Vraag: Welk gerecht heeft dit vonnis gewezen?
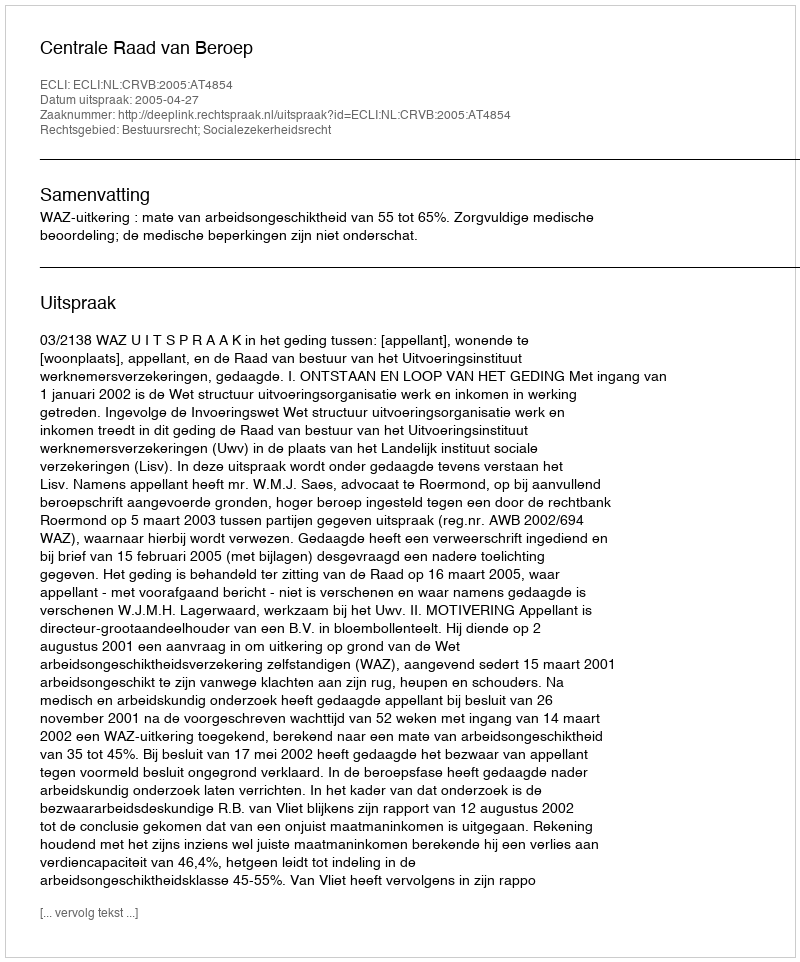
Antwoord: Centrale Raad van Beroep